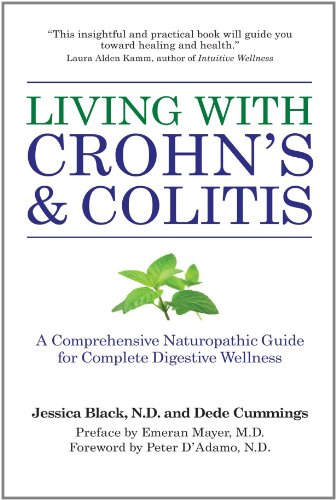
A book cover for Living with Crohn's & Colitis: A Comprehensive Naturopathic Guide for Complete Digestive Wellness; Jessica Black N.D.; Health, Fitness & Dieting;